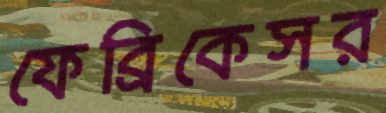
ফেব্রিকেসর